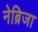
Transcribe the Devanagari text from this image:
नेब्रिजा